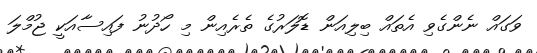
ވަގައް ނެންގެވި އެތައް ބިލިއަން ޑޮލަރުގެ ތެރެއިން މި ހޯދުނު ފައިސާއަކީ ޖުމްލަ